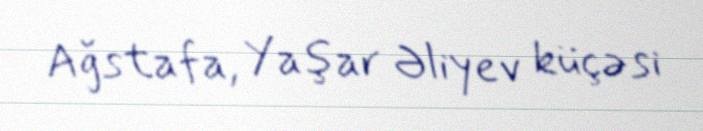
Ağstafa, Yaşar Əliyev küçəsi